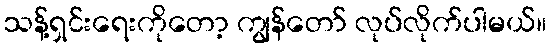
သန့်ရှင်းရေးကိုတော့ ကျွန်တော် လုပ်လိုက်ပါမယ်။